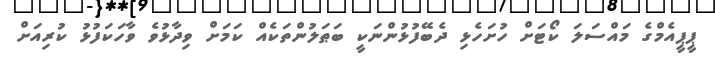
ޕީޕީއެމްގެ މައްސަލަ ކޯޓަށް ހުށަހެޅި ދެބޭފުޅުންނަކީ ބަޠަލުންތަކެއް ކަމަށް ވިދާޅުވެ ވާހަކަފުޅު ކުރިއަށް